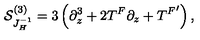
{ \cal S } _ { J _ { H } ^ { - 1 } } ^ { ( 3 ) } = 3 \left( \partial _ { z } ^ { 3 } + 2 T ^ { F } \partial _ { z } + { T ^ { F } } ^ { \prime } \right) ,